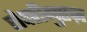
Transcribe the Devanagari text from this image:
रोदरीगुएज़